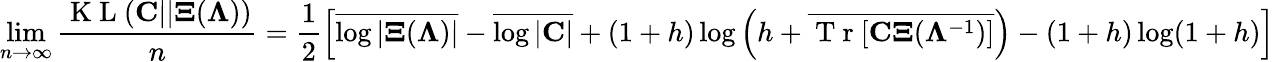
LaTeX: \operatorname*{lim}_{n\to\infty}\frac{\mathrm{~K~L~}({\mathbf C}||{\mathbf\Xi}({\mathbf\Lambda}))}{n}=\frac{1}{2}\left[\overline{{\log|{\mathbf\Xi}({\mathbf\Lambda})|}}-\overline{{\log|{\mathbf C}|}}+(1+h)\log\left(h+\overline{{\mathrm{~T~r~}[\mathbf{C\Xi}({\mathbf\Lambda}^{-1})]}}\right)-(1+h)\log(1+h)\right]